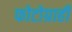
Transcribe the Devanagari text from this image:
फोटोग्राही